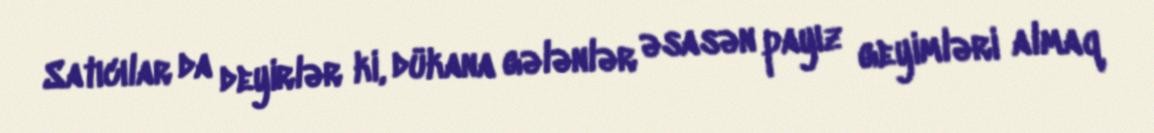
Satıcılar da deyirlər ki, dükana gələnlər əsasən payız geyimləri almaq